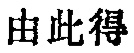
由此得